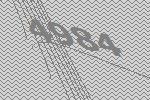
4984